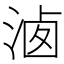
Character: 𣶓